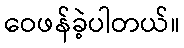
ဝေဖန်ခဲ့ပါတယ်။